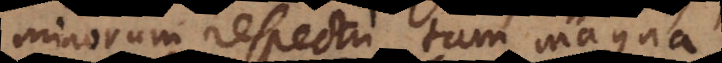
minorum respectu tam magna